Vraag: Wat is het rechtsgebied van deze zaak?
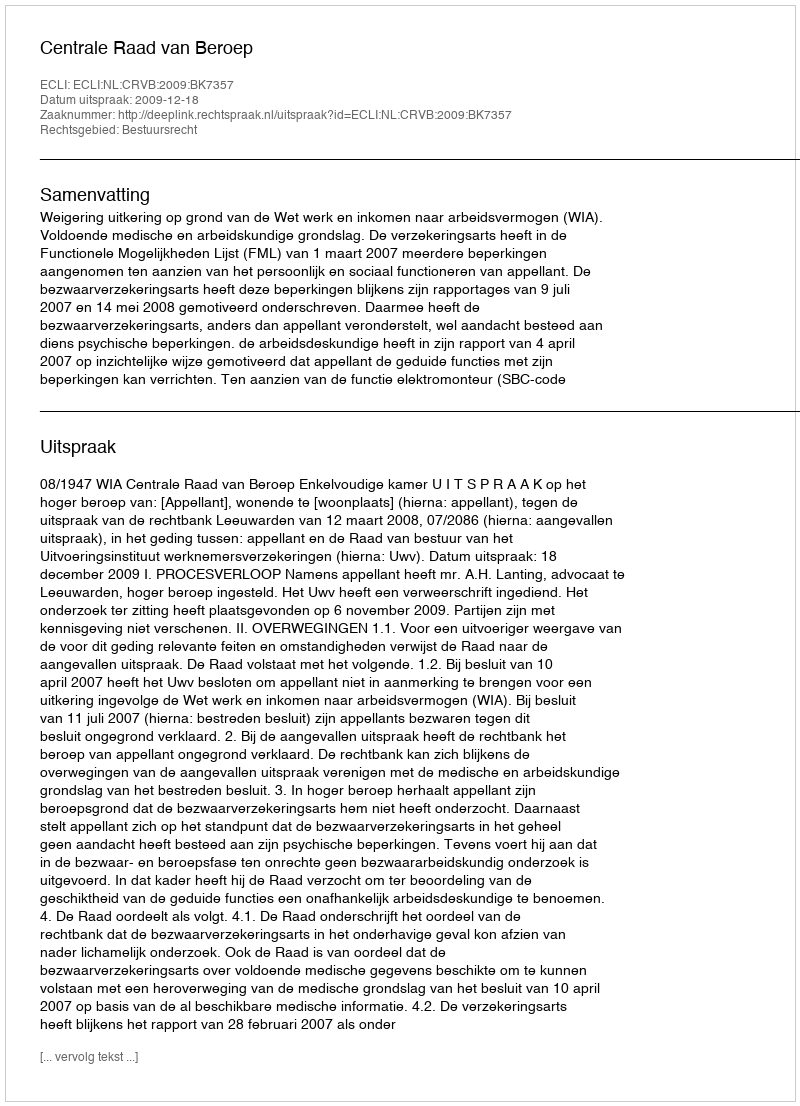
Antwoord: Bestuursrecht